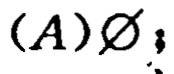
$(A)\varnothing$;